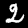
Digit: 2